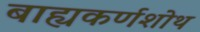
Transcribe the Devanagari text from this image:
बाह्यकर्णशोथ